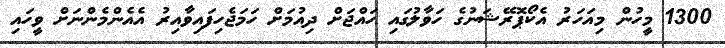
1300 މީހުން މިއަހަރު އެކޯޕޮރޭޝަނުގެ ހަވާލުގައި ހައްޖަށް ދިއުމަށް ހަމަޖެހިފައިވާއިރު އެއެންމެންނަށް ވީހައި